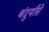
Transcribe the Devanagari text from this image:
थंदुयीसे